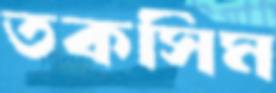
তকসিম